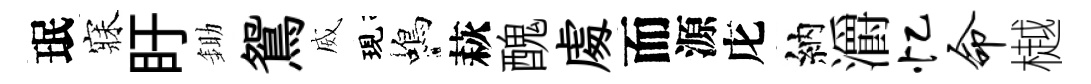
珉寐盱鋤鴛威現蝎萩醜䖏而源庀納灂忆命樾